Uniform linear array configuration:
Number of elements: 4
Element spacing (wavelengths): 0.75
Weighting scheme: cosine
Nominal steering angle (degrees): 45
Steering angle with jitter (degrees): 44.936
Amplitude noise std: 0.05
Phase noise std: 0.05

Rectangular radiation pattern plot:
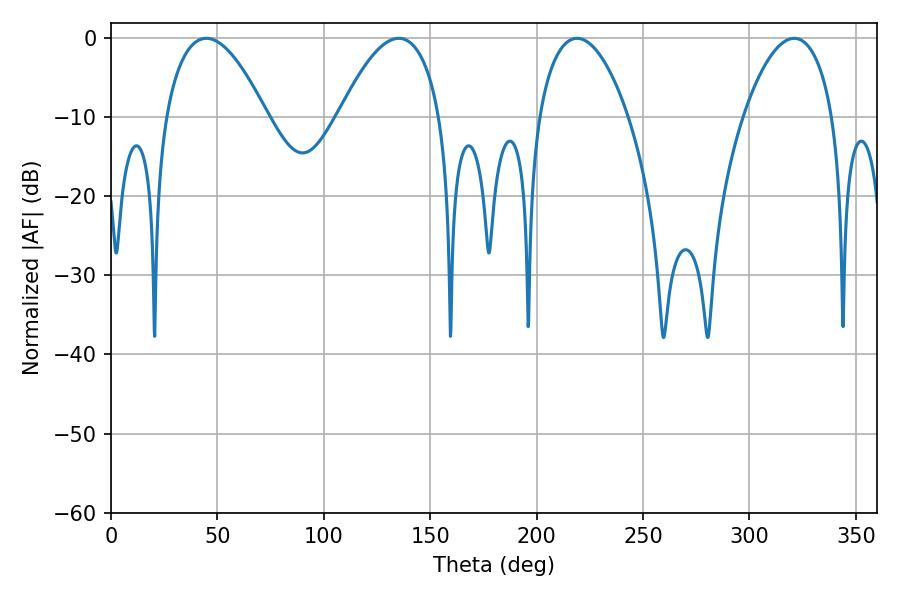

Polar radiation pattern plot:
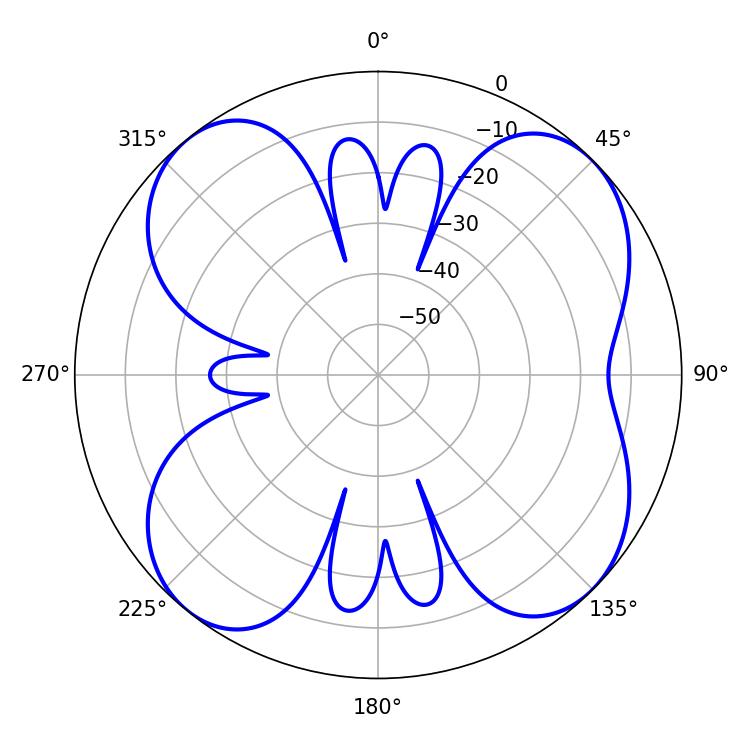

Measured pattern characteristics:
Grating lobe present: TRUE
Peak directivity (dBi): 10.789
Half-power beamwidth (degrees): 26.1
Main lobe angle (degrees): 44.82